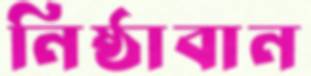
নিষ্ঠাবান